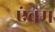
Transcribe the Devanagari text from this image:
एंवम